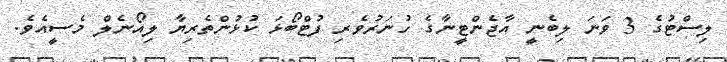
ލިސްޓުގެ 3 ވަނަ ލިބެނީ އާޖެންޓީނާގެ ހުނަރުވެރި ފުޓްބޯޅަ ކުޅުންތެރިޔާ ލިއޯނެލް މެސީއެވެ.